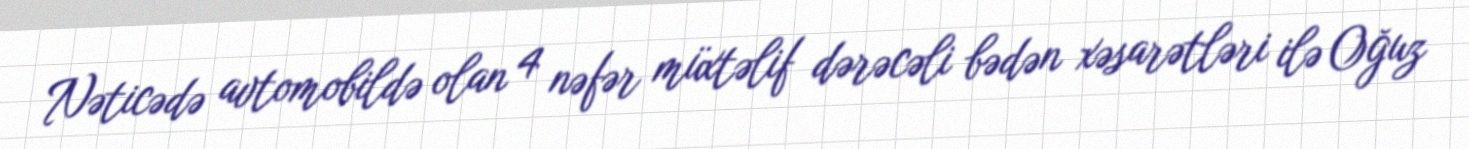
Nəticədə avtomobildə olan 4 nəfər müxtəlif dərəcəli bədən xəsarətləri ilə Oğuz